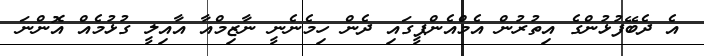
އެ ދެބޭފުޅުންގެ އިތުރުން އެމްއެންޕީގައި ދެން ހިމެނެނީ ނާޒިމްއާ އާއިލީ ގުޅުމެއް އޮންނަ